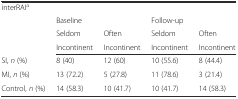
| <COLSPAN=5> interRAIa |
 |  | <COLSPAN=2> Baseline | <COLSPAN=2> Follow-up |
 | <ROWSPAN=2>  | Seldom | Often | Seldom | Often |
 | Incontinent | Incontinent | Incontinent | Incontinent |
 | --- | --- | --- | --- | --- |
 | SI, n (%) | 8 (40) | 12 (60) | 10 (55.6) | 8 (44.4) |
 | MI, n (%) | 13 (72.2) | 5 (27.8) | 11 (78.6) | 3 (21.4) |
 | Control, n (%) | 14 (58.3) | 10 (41.7) | 10 (41.7) | 14 (58.3) |